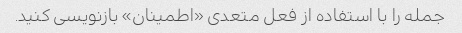
جمله را با استفاده از فعل متعدی «اطمینان» بازنویسی کنید.